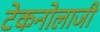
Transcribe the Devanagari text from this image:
टेकनोलाजी